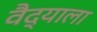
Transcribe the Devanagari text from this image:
वैद्याला